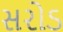
સરોડ